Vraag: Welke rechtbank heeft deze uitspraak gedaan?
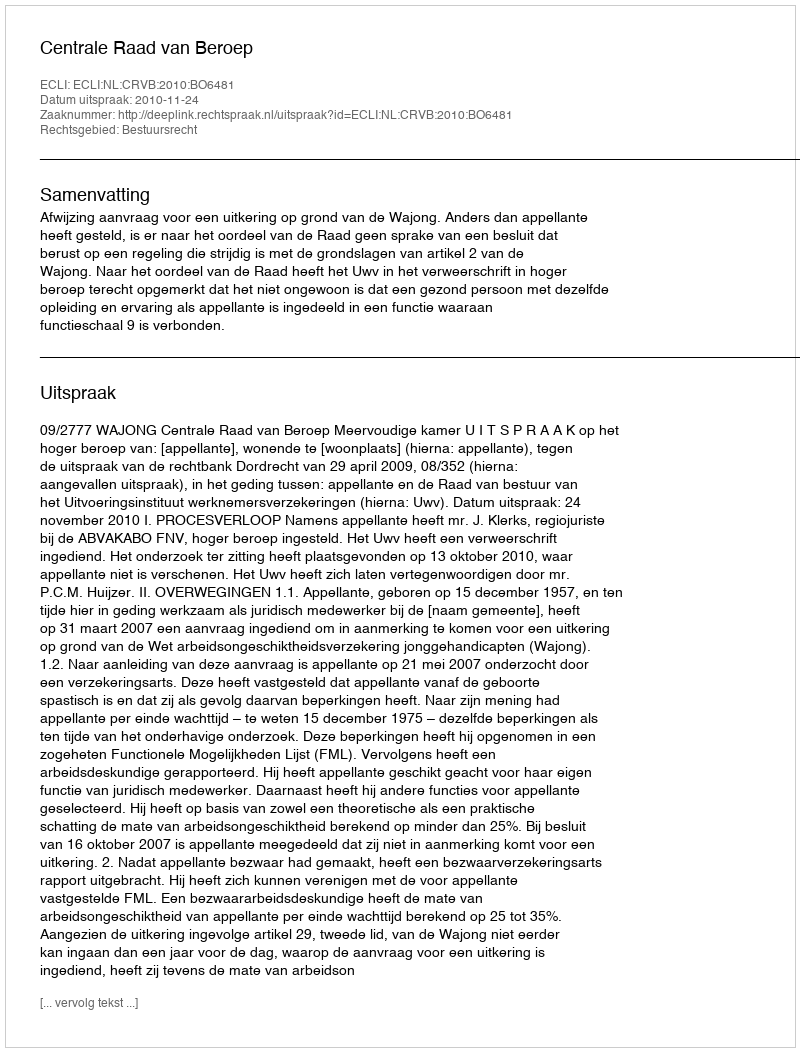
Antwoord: Centrale Raad van Beroep